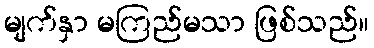
မျက်နှာ မကြည်မသာ ဖြစ်သည်။